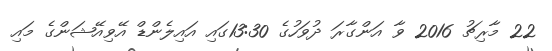
22 މާރިޗު 2016 ވާ އަންގާރަަ ދުވަހުގެ 13:30ގައި އައިލެންޑް އޭވިއޭޝަންގެ މައި